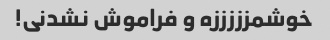
خوشمزززززه و فراموش نشدنی!